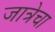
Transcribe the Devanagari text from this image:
जात्रेचा